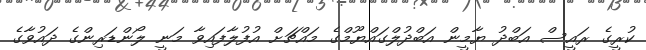
ކުރީގެ ރައީސް އަބްދު ޔާމީން އަބްދުލްގައްޔޫމްގެ މައްޗަށް އުފުލާފައިވާ މަނީ ލޯންޑަރިންގެ ދައުވާގެ